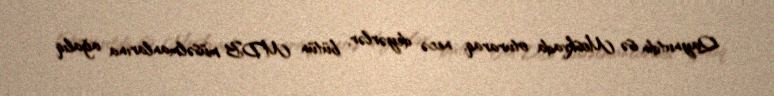
Qaynutdin isə Moskvada oturaraq, necə deyərlər, bütün MDB müsəlmanlarına ağalıq